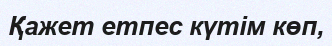
Қажет етпес күтім көп,